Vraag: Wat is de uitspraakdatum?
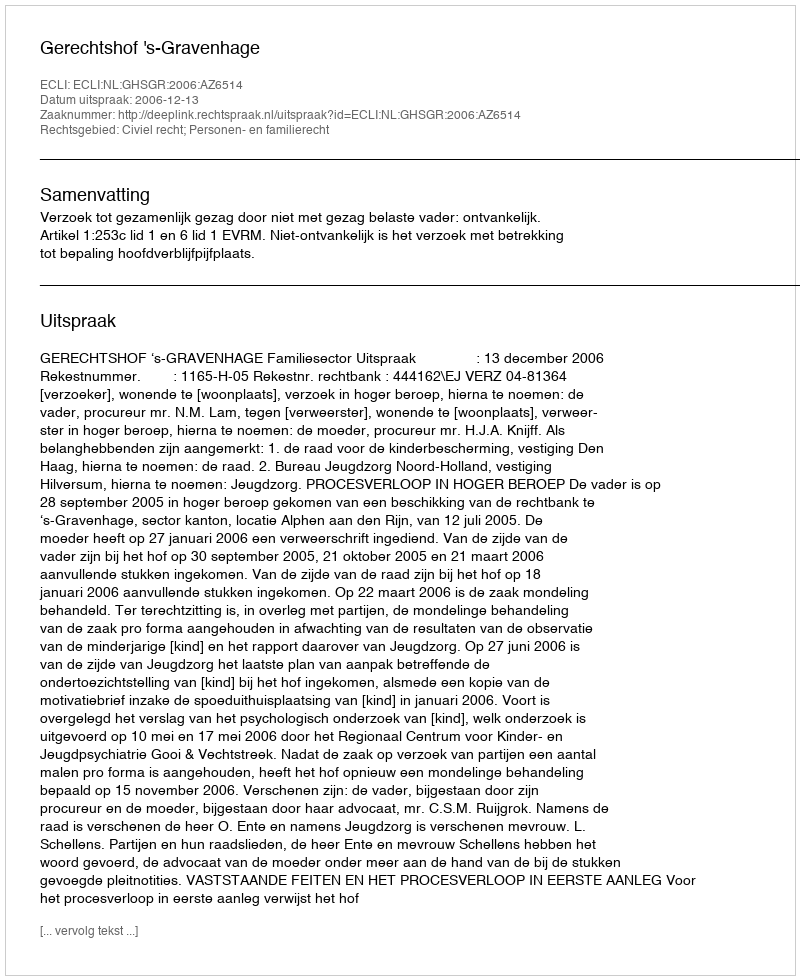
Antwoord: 2006-12-13